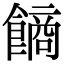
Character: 𩝾